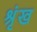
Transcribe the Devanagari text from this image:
श्रृंख